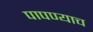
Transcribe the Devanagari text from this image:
पापण्याच